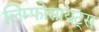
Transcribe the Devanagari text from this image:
लिम्फोसायट्स